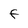
Character: F